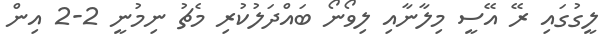
ލީގުގައި ރޭ އޭސީ މިލާނާއި ލިވޯނޯ ބައްދަލުކުރި މެޗު ނިމުނީ 2-2 އިން